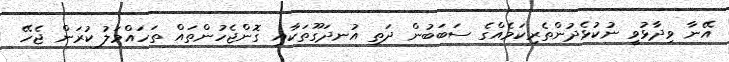
އޭނާ ވިދާޅުވީ ނުކުޅެދުންތެރިކަމެއްގެ ސަބަބުން ދަތި އުނދަގޫތަކާއި ގޮންޖެހުންތައް ތަހައްމަލު ކުރަން ޖެހޭ